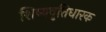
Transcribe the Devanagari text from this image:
शिष्यवृत्तिधारक